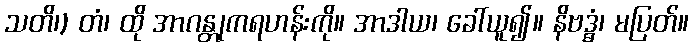
သတိ၊) တံ၊ ထို အာဂန္တုကရဟန်းကို။ အာဒါယ၊ ခေါ်ယူ၍။ နိဗဒ္ဓံ၊ မပြတ်။